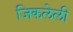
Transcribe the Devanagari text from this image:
जिकलेली